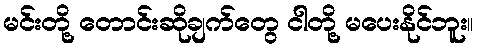
မင်းတို့ တောင်းဆိုချက်တွေ ငါတို့ မပေးနိုင်ဘူး။